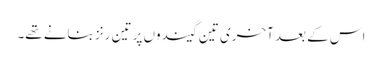
اس کے بعد آخری تین گیندوں پر تین رنز بنانے تھے۔